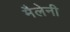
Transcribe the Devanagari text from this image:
मैलेनी